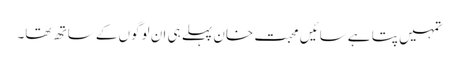
تمہیں پتا ہے سائیں محبت خان پہلے ہی ان لوگوں کے ساتھ تھا۔